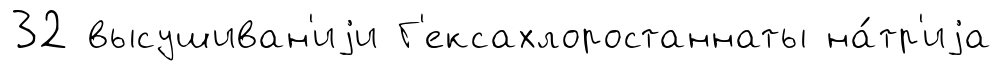
32 высушиван'иjи Г'ексахлоростаннаты на́тр'иjа